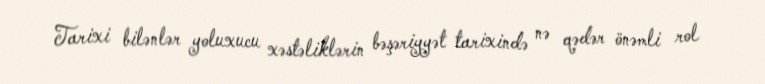
Tarixi bilənlər yoluxucu xəstəliklərin bəşəriyyət tarixində nə qədər önəmli rol